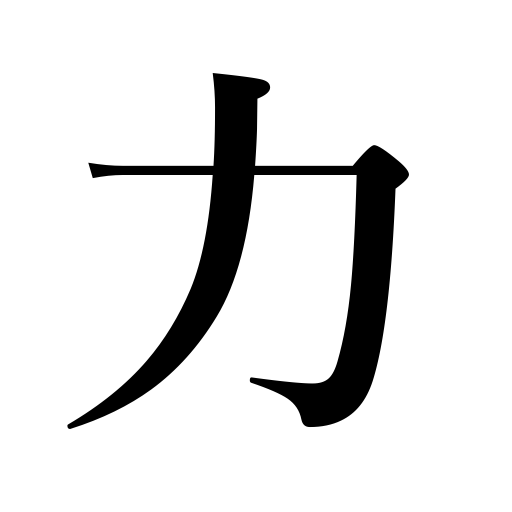
Meanings: strength,help,exert one's strength,support,means,authority,stress,bear up,might,influence,attainment,efficacy,swagger,vigor,good offices,boast,exertions,power,agency,force,resources,emphasis,endeavors,ability,energy,capability,faculty,strain,bluff